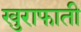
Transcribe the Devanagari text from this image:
खुराफाती